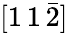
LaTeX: [1\, 1\, \bar{2}]